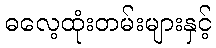
ဓလေ့ထုံးတမ်းများနှင့်